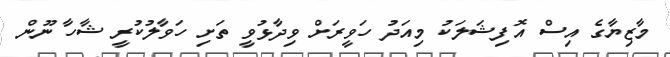
މާޒިޔާގެ އިސް އޮފިޝަލަކު މިއަދު ހަވީރަށް ވިދާޅުވީ ތަށި ހަވާލުކުރީ ޝާހާ ނޫން